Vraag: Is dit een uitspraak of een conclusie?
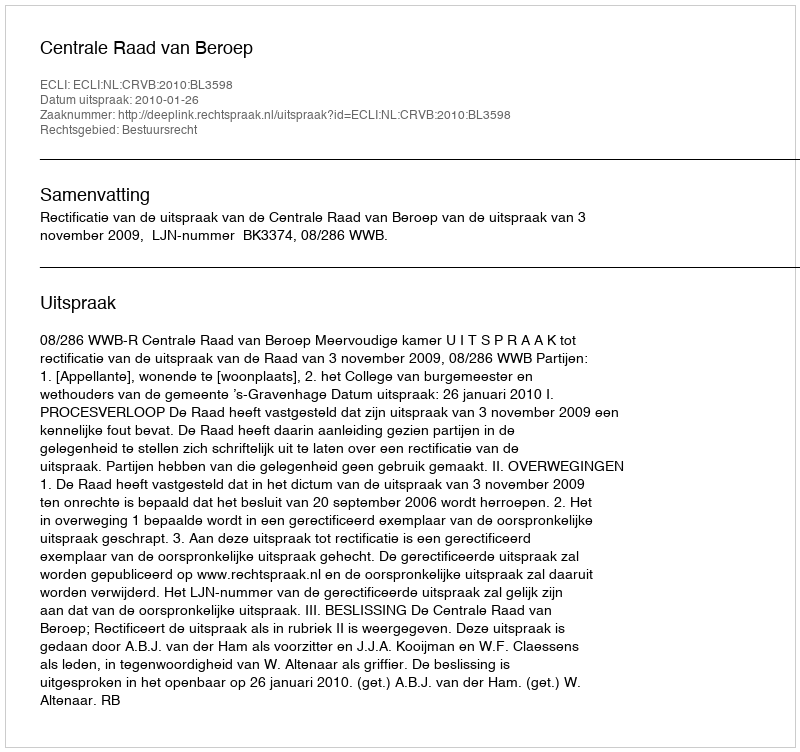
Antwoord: Uitspraak